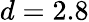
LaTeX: d=2.8